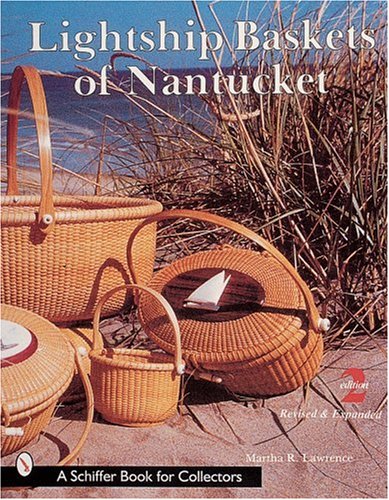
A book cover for Lightship Baskets of Nantucket (Schiffer Book for Collectors); Martha R. Lawrence; Crafts, Hobbies & Home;